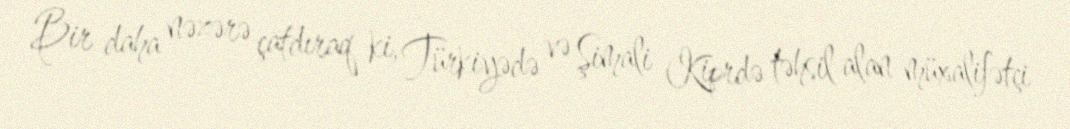
Bir daha nəzərə çatdıraq ki, Türkiyədə və Şimali Kiprdə təhsil alan müxalifətçi